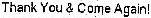
THANK YOU & COME AGAIN!